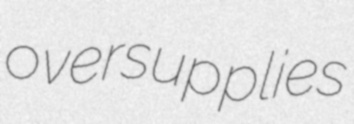
oversupplies